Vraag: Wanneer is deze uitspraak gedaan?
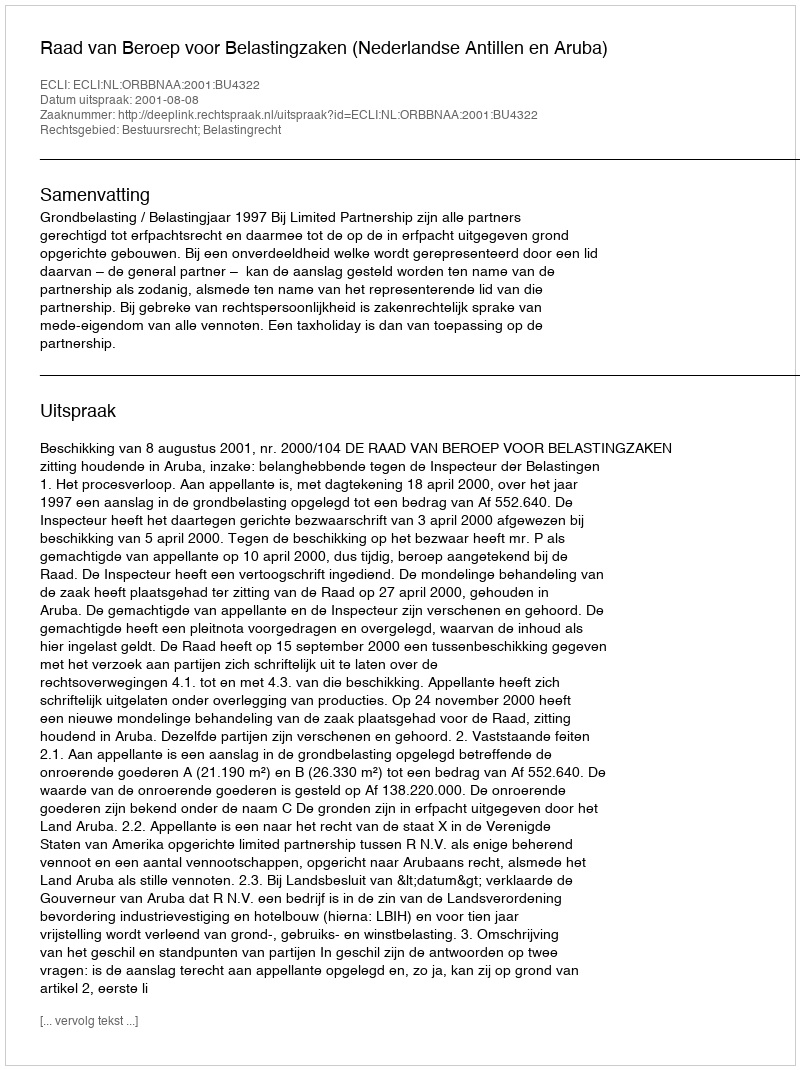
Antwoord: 2001-08-08